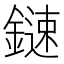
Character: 𨫩